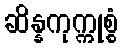
ဆိန္နကုက္ကုစ္စံ